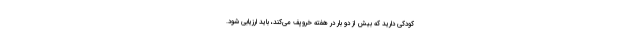
کودکی دارید که بیش از دو بار در هفته خروپف می‌کند، باید ارزیابی شود.